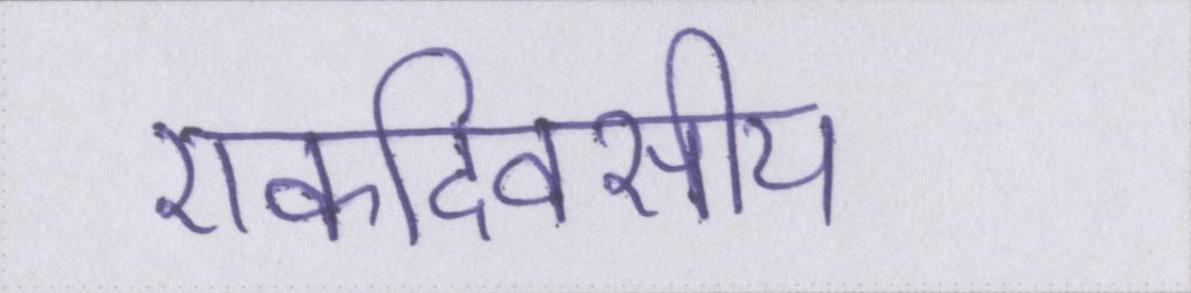
एकदिवसीय